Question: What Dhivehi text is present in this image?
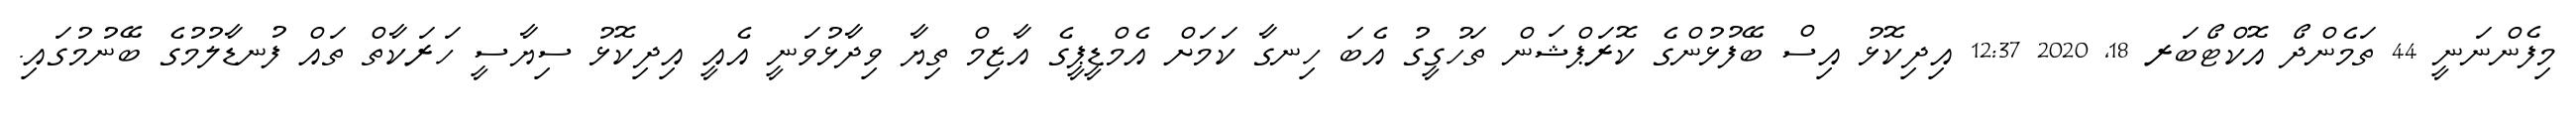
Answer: މިފެންނަނީ 44 ތަމެންދޯ އޮކްޓޯބަރ 18, 2020 12:37 އިދިކޮޅު އިސް ބޭފުޅުންގެ ކޮރަޕްޝަން ތަހުގީގު އެބަ ހިނގާ ކަމަށް އެމްޑީޕީގެ އާޒިމް ތިޔާ ވިދާޅުވަނީ އެއީ އިދިކޮޅު ސިޔާސީ ހަރަކާތް ތައް ފުނޑާލުމުގެ ބޭނުމުގައި.